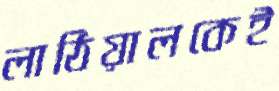
লাঠিয়ালকেই